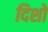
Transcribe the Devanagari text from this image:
दिशो